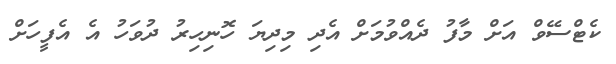
ކެޓްސޭވް އަށް މާފު ދެއްވުމަށް އެދި މިދިޔަ ހޮނިހިރު ދުވަހު އެ އެފީހަށް